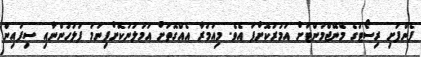
ފެންފުށި ރިސޯޓުގެ މެނޭޖްމަންޓަށް އަމުރުކޮށްފަ އެވެ. މިއަމުރާ އެއްގޮތަށް އަމަލުނުކޮށްފިނަމަ ފުލުހުންނާއި ސިފައިން